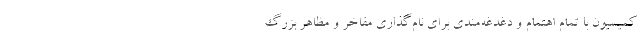
کمیسیون با تمام اهتمام و دغدغه‌مندی برای نام‌گذاری مفاخر و مظاهر بزرگ